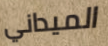
الميداني